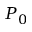
P _ { 0 }